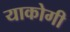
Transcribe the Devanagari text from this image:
याकोगी